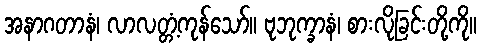
အနာဂတာနံ၊ လာလတ္တံ့ကုန်သော်။ ဗုဘုက္ခာနံ၊ စားလိုခြင်းတို့ကို။